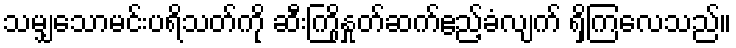
သမျှသောမင်းပရိသတ်ကို ဆီးကြိုနှုတ်ဆက်ဧည့်ခံလျက် ရှိကြလေသည်။